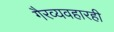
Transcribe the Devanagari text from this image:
गैरव्यवहारही